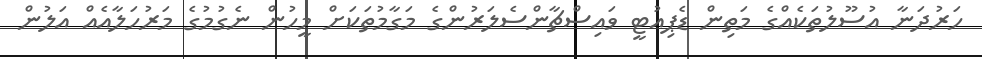
ހަރުދަނާ އުސޫލުތަކެއްގެ މަތިން ޑެޕިއުޓީ ވައިސްޗާންސެލަރުންގެ މަގާމުތަކަށް މީހުން ނެގުމުގެ މަރުހަލާއެއް އަލުން